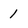
Character: 1